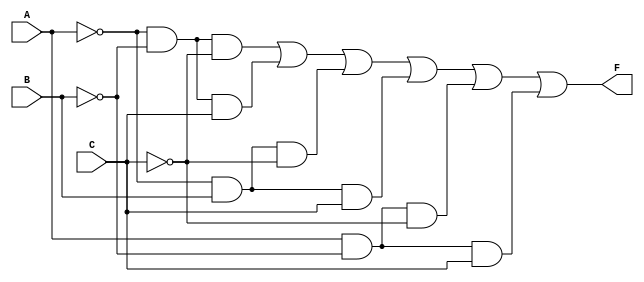
module kmap_3variable (
    input wire A,   // Input A
    input wire B,   // Input B
    input wire C,   // Input C
    output wire F   // Output F
);

    // Define the output F based on the K-map mapping
    // F = A'B'C' + A'B'C + A'BC' + AB'C' + AB'C
    assign F = (~A & ~B & ~C) |   // Minterm 0 (Cell 0)
               (~A & ~B & C)  |   // Minterm 1 (Cell 1)
               (~A & B & ~C)  |   // Minterm 2 (Cell 2)
               (~A & B & C)   |   // Minterm 3 (Cell 3)
               (A & ~B & ~C)  |   // Minterm 4 (Cell 4)
               (A & ~B & C);      // Minterm 5 (Cell 5)

endmodule